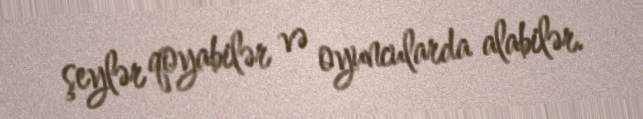
şeylər qoyabilər və oyuncularda alabilər.